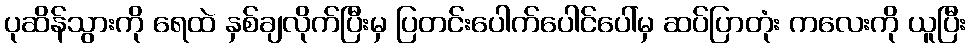
ပုဆိန်သွားကို ရေထဲ နှစ်ချလိုက်ပြီးမှ ပြတင်းပေါက်ပေါင်ပေါ်မှ ဆပ်ပြာတုံး ကလေးကို ယူပြီး